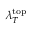
\lambda _ { T } ^ { \mathrm { t o p } }